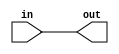
module top_module( input in, output out );
    reg wr;
    assign wr = in;
    assign out = wr;

endmodule